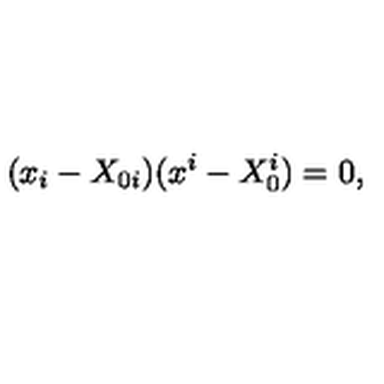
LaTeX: ( x _ { i } - X _ { 0 i } ) ( x ^ { i } - X _ { 0 } ^ { i } ) = 0 ,